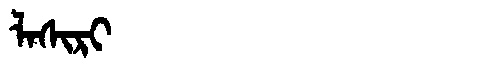
Manchu: ᠯᠠᠰᡳᡵᡳ
Romanization: LASIRI